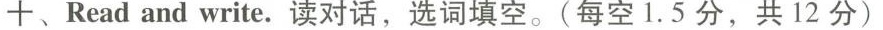
十、Read and write.读对话,选词填空.(每空 1.5 分,共 12 分)